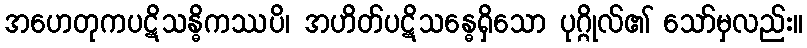
အဟေတုကပဋိသန္ဓိကဿပိ၊ အဟိတ်ပဋိသန္ဓေရှိသော ပုဂ္ဂိုလ်၏ သော်မှလည်း။